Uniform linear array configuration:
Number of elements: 12
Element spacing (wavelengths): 0.5
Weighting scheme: kaiser
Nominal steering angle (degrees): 15
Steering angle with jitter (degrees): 13.251
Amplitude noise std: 0.05
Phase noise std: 0.05

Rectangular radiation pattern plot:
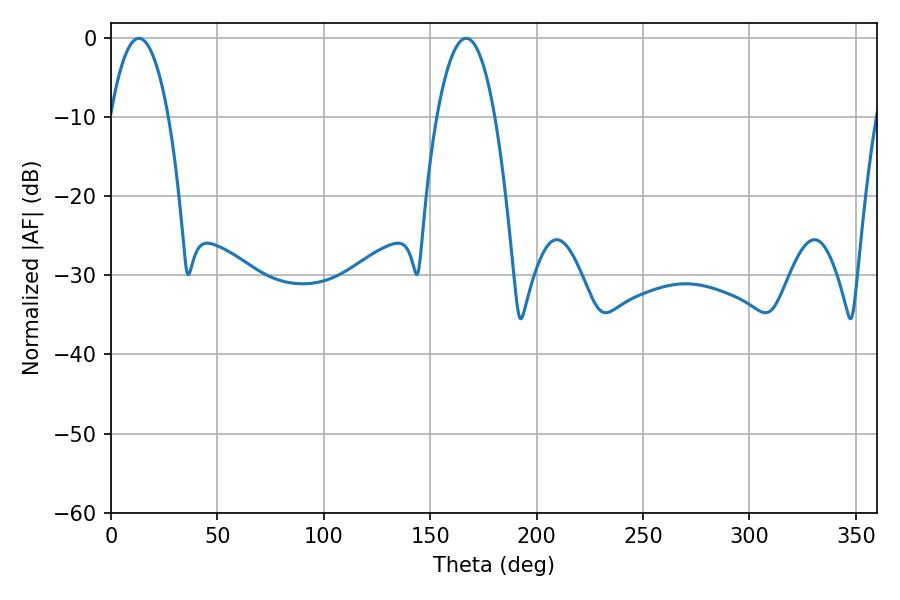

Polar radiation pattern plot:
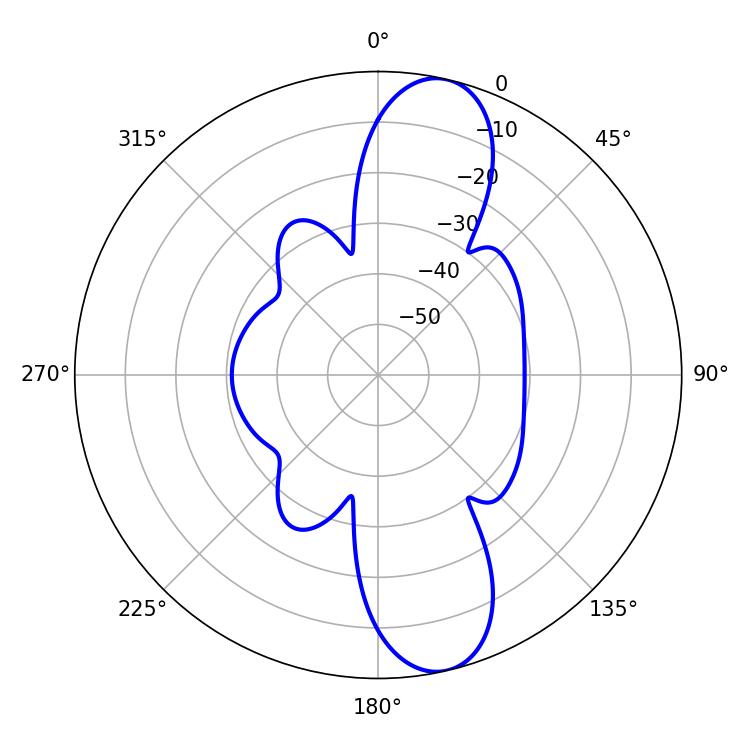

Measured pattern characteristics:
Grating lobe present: FALSE
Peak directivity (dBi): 11.924
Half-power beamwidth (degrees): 15.12
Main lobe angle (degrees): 13.14